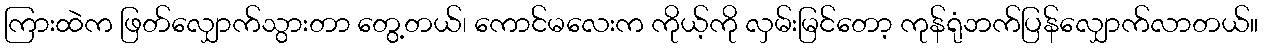
ကြားထဲက ဖြတ်လျှောက်သွားတာ တွေ့တယ်၊ ကောင်မလေးက ကိုယ့်ကို လှမ်းမြင်တော့ ကုန်ရုံဘက်ပြန်လျှောက်လာတယ်။